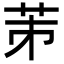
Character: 𦭄